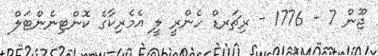
ޖޫން 7 - 1776 - ރިޗަރޑް ހެންރީ ލީ އެމެރިކާގެ ކޮންޓިނެންޓަލް